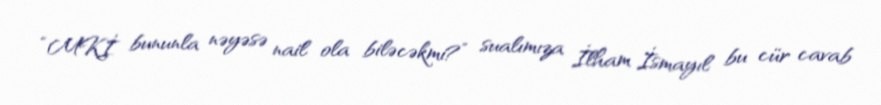
“MKİ bununla nəyəsə nail ola biləcəkmi?” sualımıza İlham İsmayıl bu cür cavab